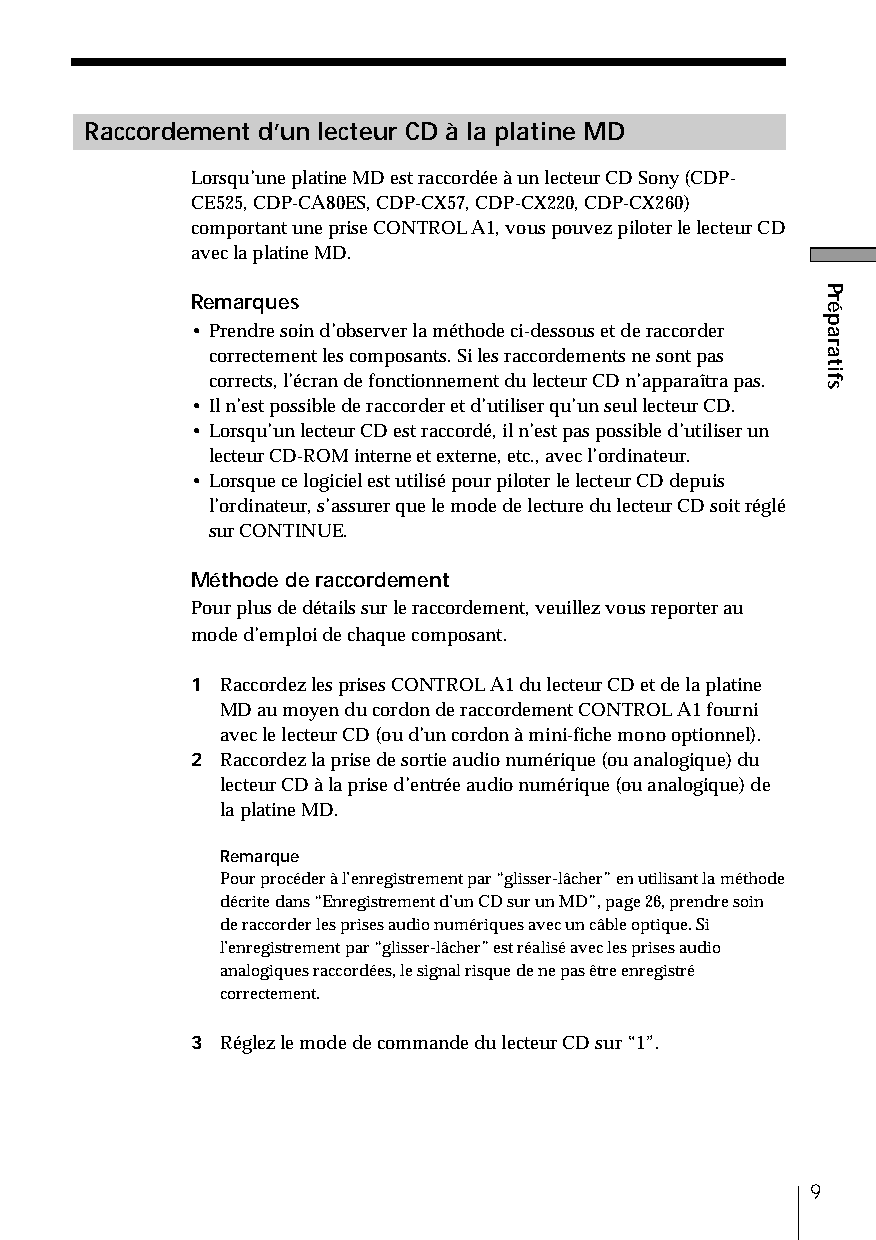
Raccordement d’un lecteur CD à la platine MD
 Lorsqu’une platine MD est raccordée à un lecteur CD Sony (CDP-
 CE525, CDP-CA80ES, CDP-CX57, CDP-CX220, CDP-CX260)
 comportant une prise CONTROL A1, vous pouvez piloter le lecteur CD
 avec la platine MD.
 Remarques
 • Prendre soin d’observer la méthode ci-dessous et de raccorder
 correctement les composants. Si les raccordements ne sont pas
 corrects, l’écran de fonctionnement du lecteur CD n’apparaîtra pas.
 • Il n’est possible de raccorder et d’utiliser qu’un seul lecteur CD.
 • Lorsqu’un lecteur CD est raccordé, il n’est pas possible d’utiliser un
 lecteur CD-ROM interne et externe, etc., avec l’ordinateur.
 • Lorsque ce logiciel est utilisé pour piloter le lecteur CD depuis
 l’ordinateur, s’assurer que le mode de lecture du lecteur CD soit réglé
 sur CONTINUE.
 Méthode de raccordement
 Pour plus de détails sur le raccordement, veuillez vous reporter au
 mode d’emploi de chaque composant.
 1 Raccordez les prises CONTROL A1 du lecteur CD et de la platine
 MD au moyen du cordon de raccordement CONTROL A1 fourni
 avec le lecteur CD (ou d’un cordon à mini-fiche mono optionnel).
 2 Raccordez la prise de sortie audio numérique (ou analogique) du
 lecteur CD à la prise d’entrée audio numérique (ou analogique) de
 la platine MD.
 Remarque
 Pour procéder à l’enregistrement par “glisser-lâcher” en utilisant la méthode
 décrite dans “Enregistrement d’un CD sur un MD”, page 26, prendre soin
 de raccorder les prises audio numériques avec un câble optique. Si
 l’enregistrement par “glisser-lâcher” est réalisé avec les prises audio
 analogiques raccordées, le signal risque de ne pas être enregistré
 correctement.
 3 Réglez le mode de commande du lecteur CD sur “1”.
 9
 Préparatifs